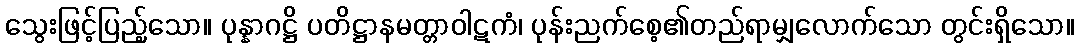
သွေးဖြင့်ပြည့်သော။ ပုန္နာဂဋ္ဌိ ပတိဋ္ဌာနမတ္တာဝါဋကံ၊ ပုန်းညက်စေ့၏တည်ရာမျှလောက်သော တွင်းရှိသော။